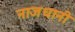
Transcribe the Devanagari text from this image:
नाजधानी